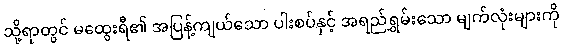
သို့ရာတွင် မထွေးရီ၏ အပြန့်ကျယ်သော ပါးစပ်နှင့် အရည်ရွှမ်းသော မျက်လုံးများကို